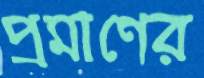
প্রমাণের